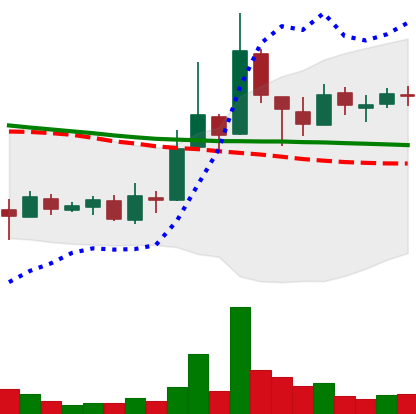
Ticker: XLM-USD
Chart end date: 2018-10-01
Forward return: -7.211%
Label: down_7plus